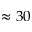
\approx 3 0